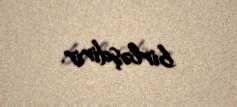
birləşdirir.